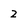
Character: 2